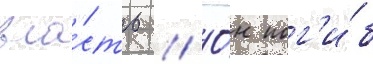
вла́сть // О́н пог'и́б